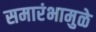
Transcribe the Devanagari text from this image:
समारंभामुळे